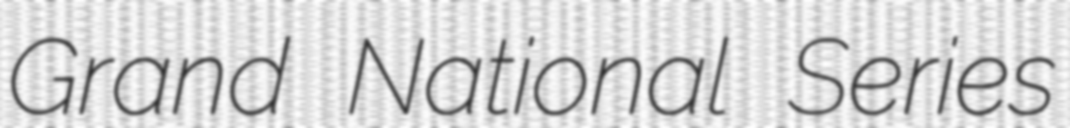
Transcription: Grand National Series